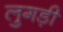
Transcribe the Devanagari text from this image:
लुगड़ी